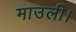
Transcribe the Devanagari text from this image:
माउली।